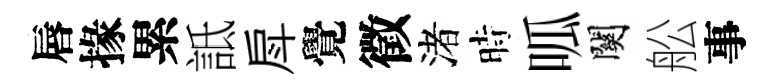
唇掾累詆戽覺徵渚時呱關舩事